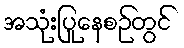
အသုံးပြုနေစဉ်တွင်